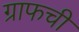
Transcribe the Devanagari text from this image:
ग्राफची